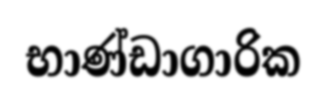
භාණ්ඩාගාරික